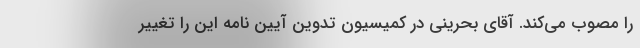
را مصوب می‌کند. آقای بحرینی در کمیسیون تدوین آیین نامه این را تغییر